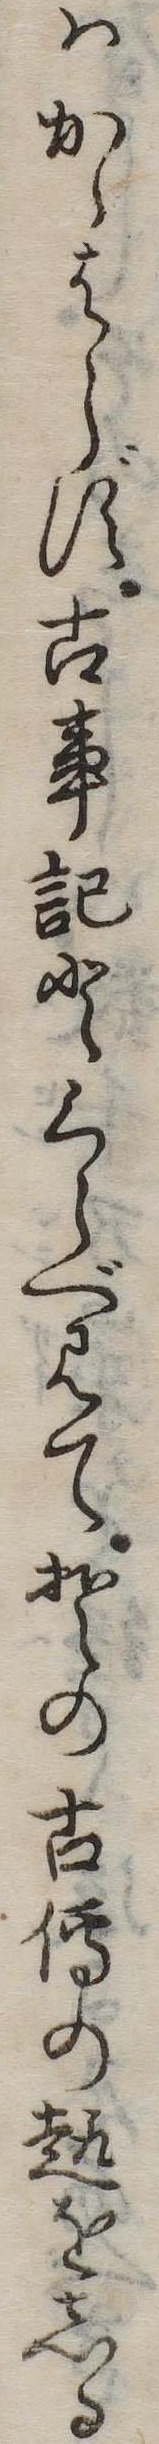
はかゝはらず古事記とくらべ見てその古伝の趣をしる